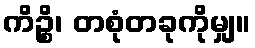
ကိဉ္စိ၊ တစုံတခုကိုမျှ။